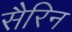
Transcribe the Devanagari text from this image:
सैरिन